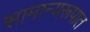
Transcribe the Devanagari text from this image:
सामान्यरूपात